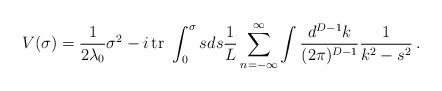
\begin{align*}V(\sigma) = \frac{1}{2 \lambda_{0}}\sigma^2 -i\,{\rm tr}\ \displaystyle \int_{0}^{\sigma} s ds \frac{1}{L} \sum_{n=-\infty}^{\infty} \int \frac{d^{D-1} k}{(2 \pi )^{D-1}} \frac{1}{k^2-s^2}\, .\end{align*}